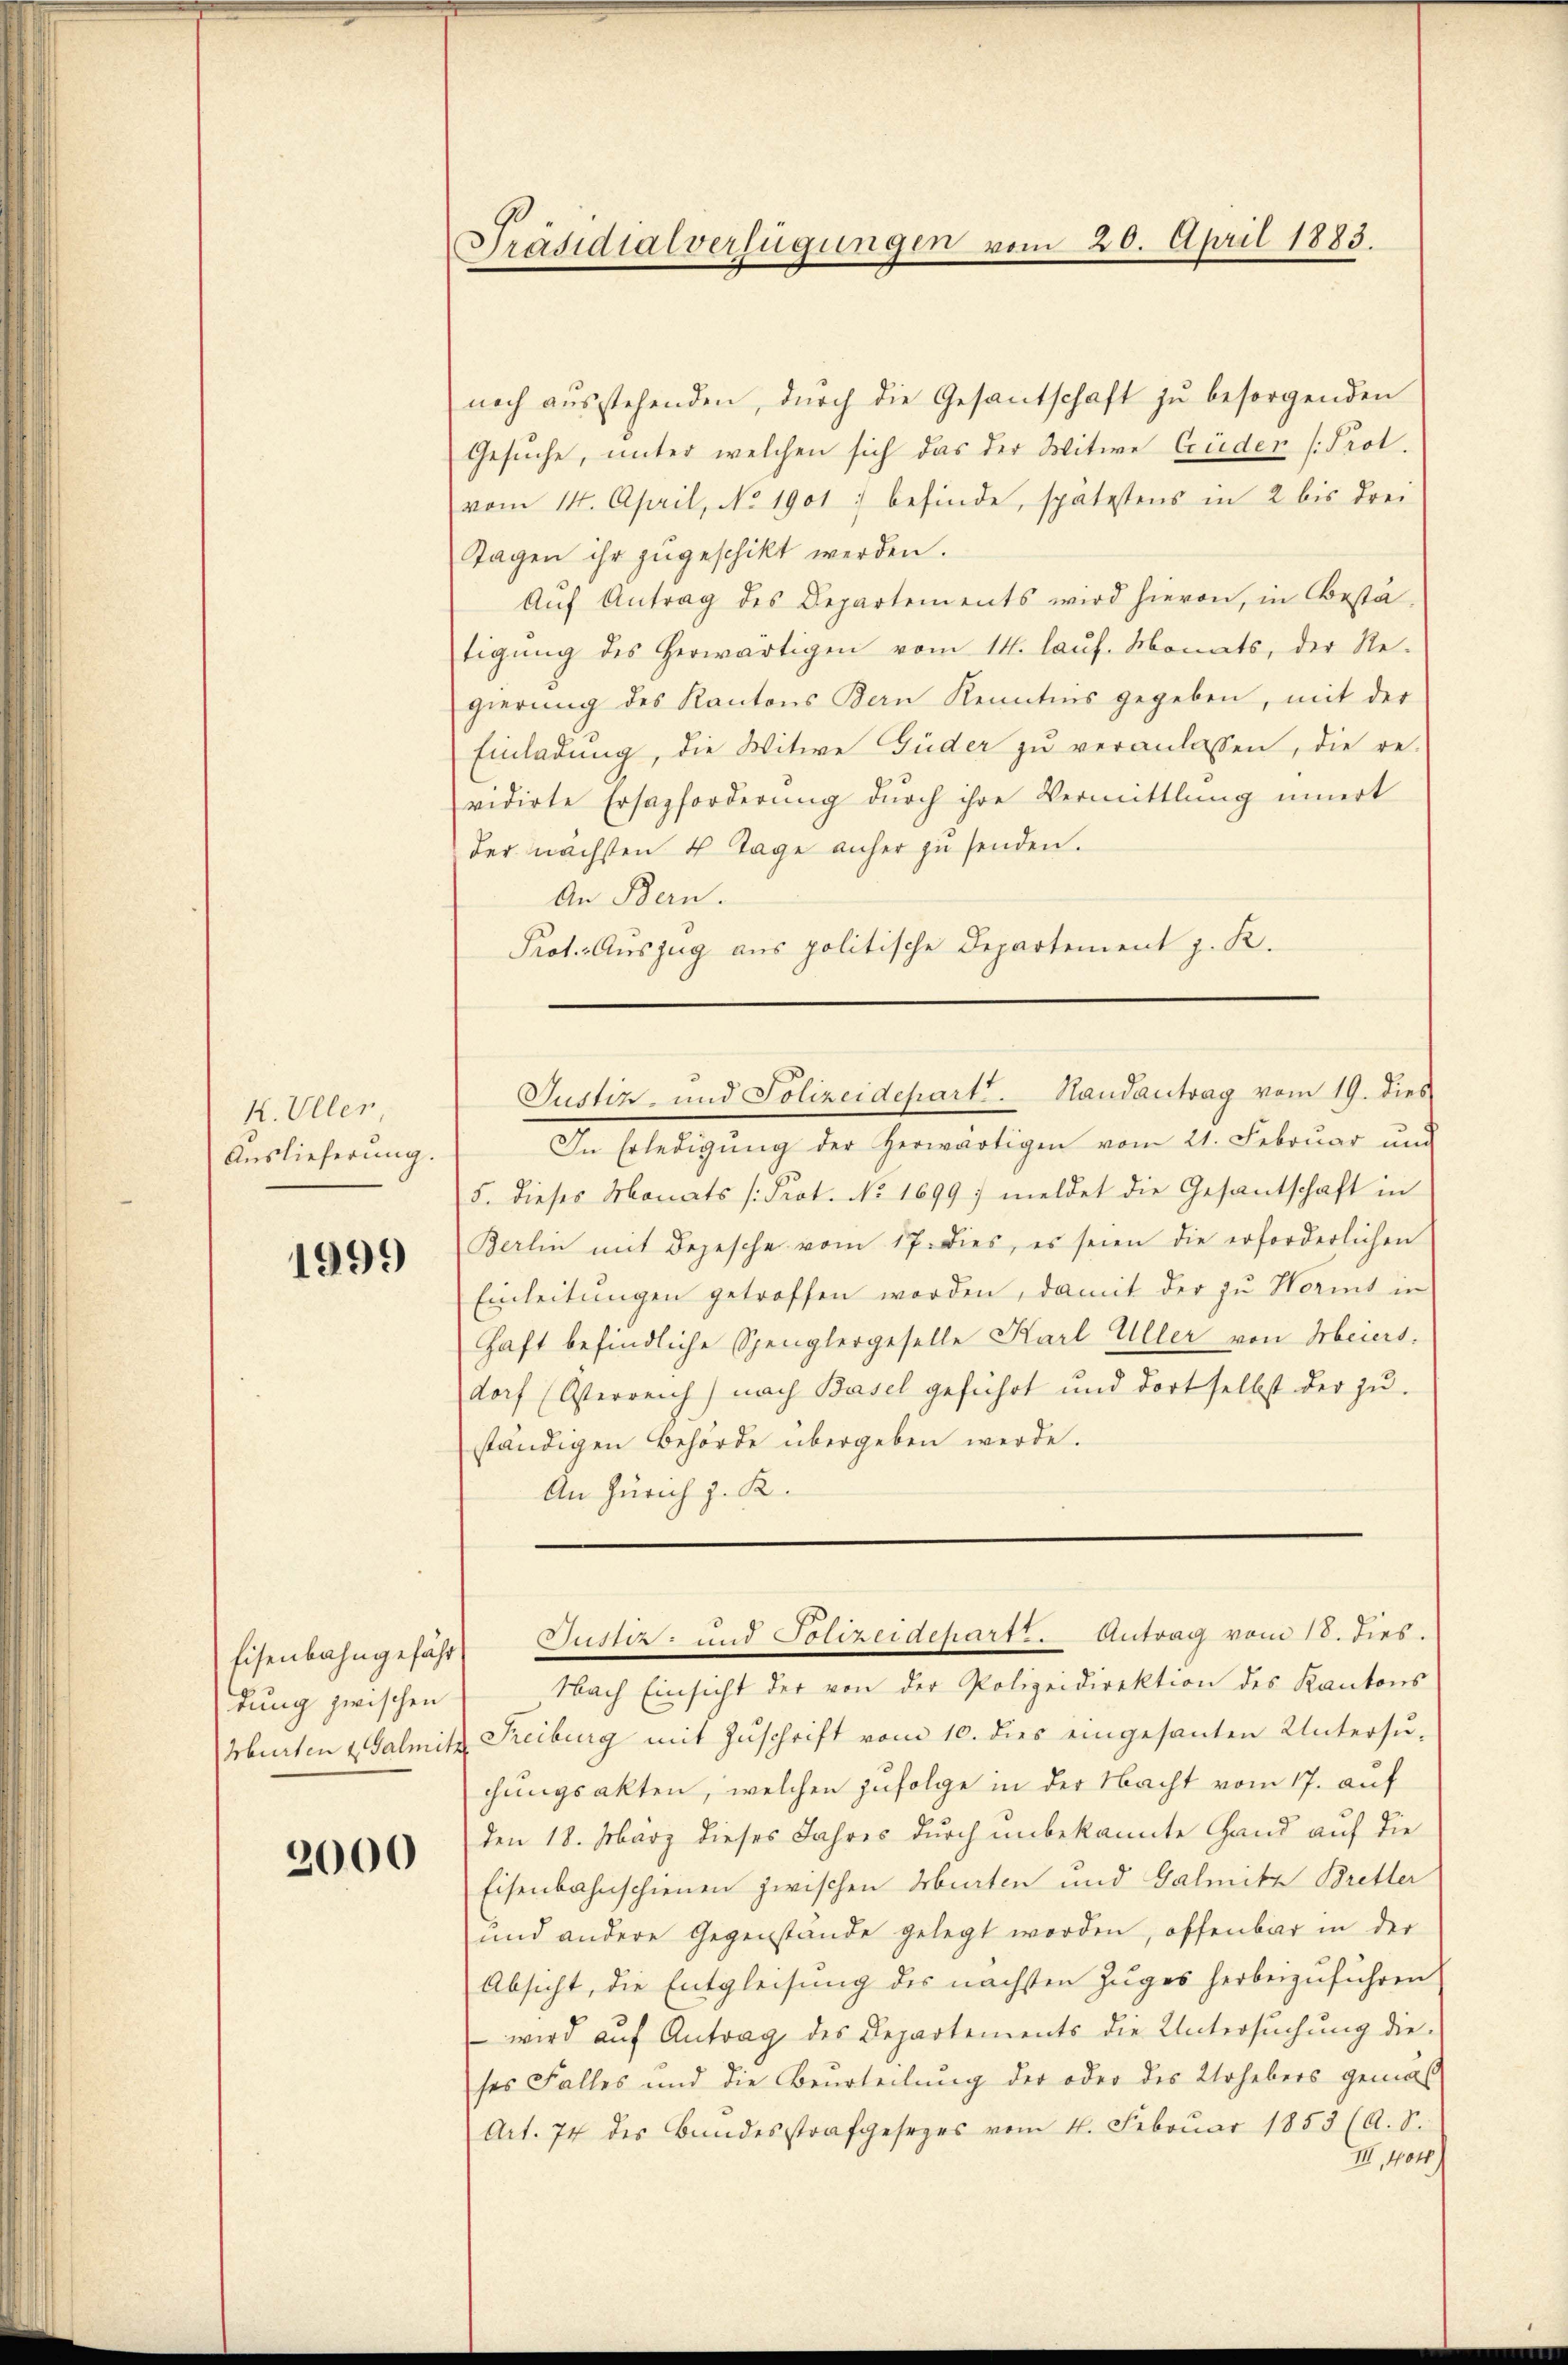
K. Uller
Auslieferung.

1999

dung zwischen

2000

Präsidialverfügungen vom 20. April 1883.

noch aŭsstehenden, durch die Gesantschaft zu besorgenden
Gesuche, unter welchen sich das der Witwe Crüder Prot.
vom 14. April, No 1901 : befinde, spätestens in 2 bis drei
Tagen ihr zŭgeschikt werden.
Auf Antrag des Departements wird hievon, in Bestätigŭng des herwärtigen vom 14. laŭf. Monats, der Re-
gierung des Kantons Bern Kenntnis gegeben, mit der
Einladung, die Witwe Güder zu veranlassen, die re-
vidirte Ersazforderung dŭrch ihre Vermittlung innert
der nächsten 4 Tage anher zu senden.
An Bern.
Prot. Auszug aus politische Departement z. R.
In Erledigung der herwärtigen vom 21. Februar und
5. dieses Monats /: Prot. No 1699) meldet die Gesantschaft in
Berlin mit Depesche vom 17. dies, es seien die erforderlichen
Einleitungen getroffen worden, damit der zu Hormt in
Haft befindliche Spenglergeselle Karl Uller von Meiers,
dorf (Osterreich) nach Basel geführt und dort selbst der zŭ-
ständigen Behörde übergeben werde.
An Zürich z. R.
Eisenbahngefähr Justiz- und Polizeidepartt. Antrag vom 18. dies.
Nach Einsicht der von der Polizeidirektion des Kantons
Murten & Galmit Freiburg mit Zuschrift vom 10. dies eingesanten Untersuchungsakten, welchen zufolge in der Nacht vom 17. auf
den 18. März dieses Jahres durch unbekannte Hand auf die
Eisenbahnschienen zwischen Murten und Galmitz Bretter
und andere Gegenstände gelegt worden, offenbar in der
Absicht, die Entgleisung des nächsten Zuges herbeizuführen
 wird aŭf Antrag des Departements die Untersŭchŭng die-
ses Falles und die Beurteilung der oder des Urhebers gemäß
Art. 74 des Bundesstrafgesezes vom 11. Febrŭar 1853 (A. S.
III, 104)

Justiz- und Polizeidepart. Randantrag vom 19. dies